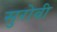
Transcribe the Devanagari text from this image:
सुरोवी